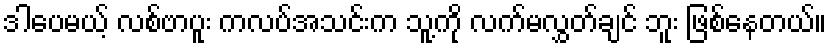
ဒါပေမယ့် လစ်ဗာပူး ကလပ်အသင်းက သူ့ကို လက်မလွှတ်ချင် ဘူး ဖြစ်နေတယ်။